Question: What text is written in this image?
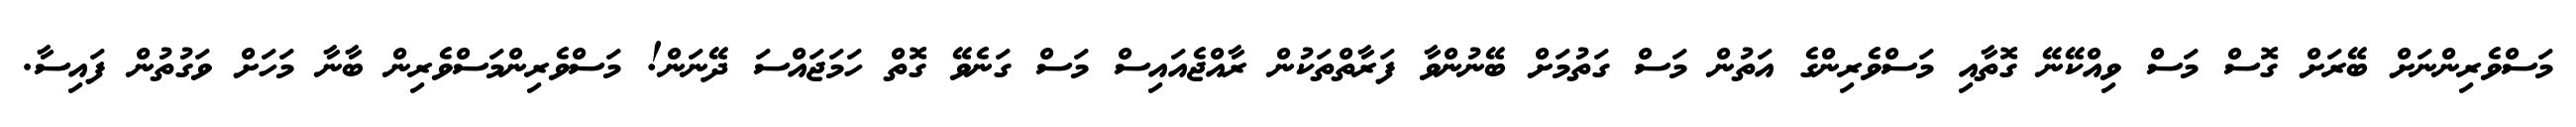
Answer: މަސްވެރިންނަށް ބޭރަށް ގޮސް މަސް ވިއްކޭނޭ ގޮތާއި މަސްވެރިންގެ އަތުން މަސް ގަތުމަށް ބޭނުންވާ ފަރާތްތަކުން ރާއްޖެއައިސް މަސް ގަނެވޭ ގޮތް ހަމަޖައްސަ ދޭނަން! މަސްވެރިންމަސްވެރިން ބާނާ މަހަށް ވަގުތުން ފައިސާ.